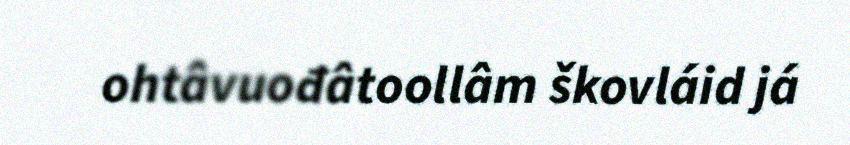
ohtâvuođâtoollâm škovláid já